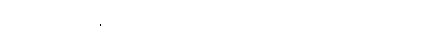
တိုင်ကြားခံရသူ နှစ်ဦးလုံးကို ခွဲစိတ်ခန်းဝင် ဝတ်စုံတွေ အသင့်ဖြင့် အလုပ်ထဲမှာ